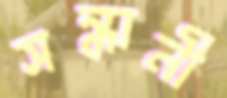
সন্ধানী